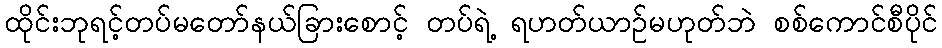
ထိုင်းဘုရင့်တပ်မတော်နယ်ခြားစောင့် တပ်ရဲ့ ရဟတ်ယာဉ်မဟုတ်ဘဲ စစ်ကောင်စီပိုင်